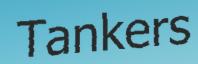
Tankers